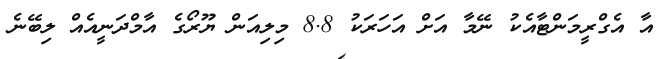
އާ އެގްރީމަންޓާއެކު ނޭމާ އަށް އަހަރަކު 8.8 މިލިއަން ޔޫރޯގެ އާމްދަނީއެއް ލިބޭނެ